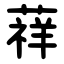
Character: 䔗